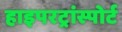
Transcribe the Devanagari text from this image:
हाइपरट्रांस्पोर्ट